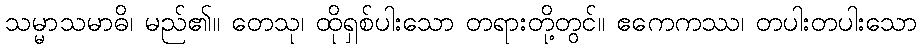
သမ္မာသမာဓိ၊ မည်၏။ တေသု၊ ထိုရှစ်ပါးသော တရားတို့တွင်။ ဧကေကဿ၊ တပါးတပါးသော